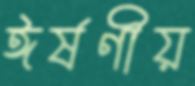
ঈর্ষণীয়